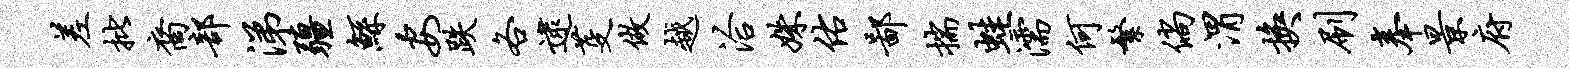
差批裔部涕疆鲧安跌各逮芟做越洽姝佑鄙揣蛙濡何繁倘渭换刷奉景府